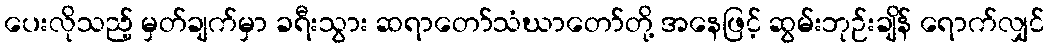
ပေးလိုသည့် မှတ်ချက်မှာ ခရီးသွား ဆရာတော်သံဃာတော်တို့ အနေဖြင့် ဆွမ်းဘုဉ်းချိန် ရောက်လျှင်